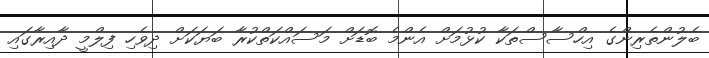
ބެލުންތެރިންގެ އިހްސާސްތަކާ ކުޅުމަށް އެންމެ ބޮޑަށް މަސައްކަތްކުރާ ބަޔަކަށް ދިވެހި ފިލްމީ ދާއިރާގައި